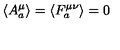
\left\langle A _ { a } ^ { \mu } \right\rangle = \left\langle F _ { a } ^ { \mu \nu } \right\rangle = 0